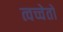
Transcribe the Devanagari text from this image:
त्वच्चेतो